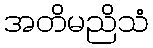
အတိမညိသံ